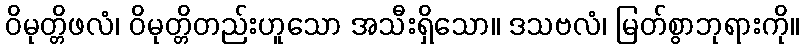
ဝိမုတ္တိဖလံ၊ ဝိမုတ္တိတည်းဟူသော အသီးရှိသော။ ဒသဗလံ၊ မြတ်စွာဘုရားကို။